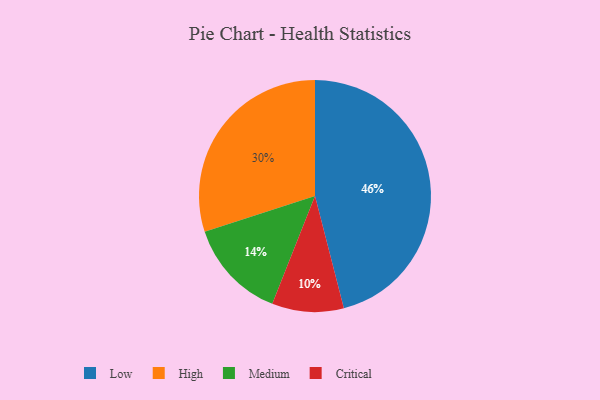
{"axis": {"x": "Category", "y": "Percentage"}, "legend": ["Critical", "High", "Low", "Medium"], "data": [{"x": "Low", "y": 46, "type": "Low"}, {"x": "High", "y": 30, "type": "High"}, {"x": "Medium", "y": 14, "type": "Medium"}, {"x": "Critical", "y": 10, "type": "Critical"}]}